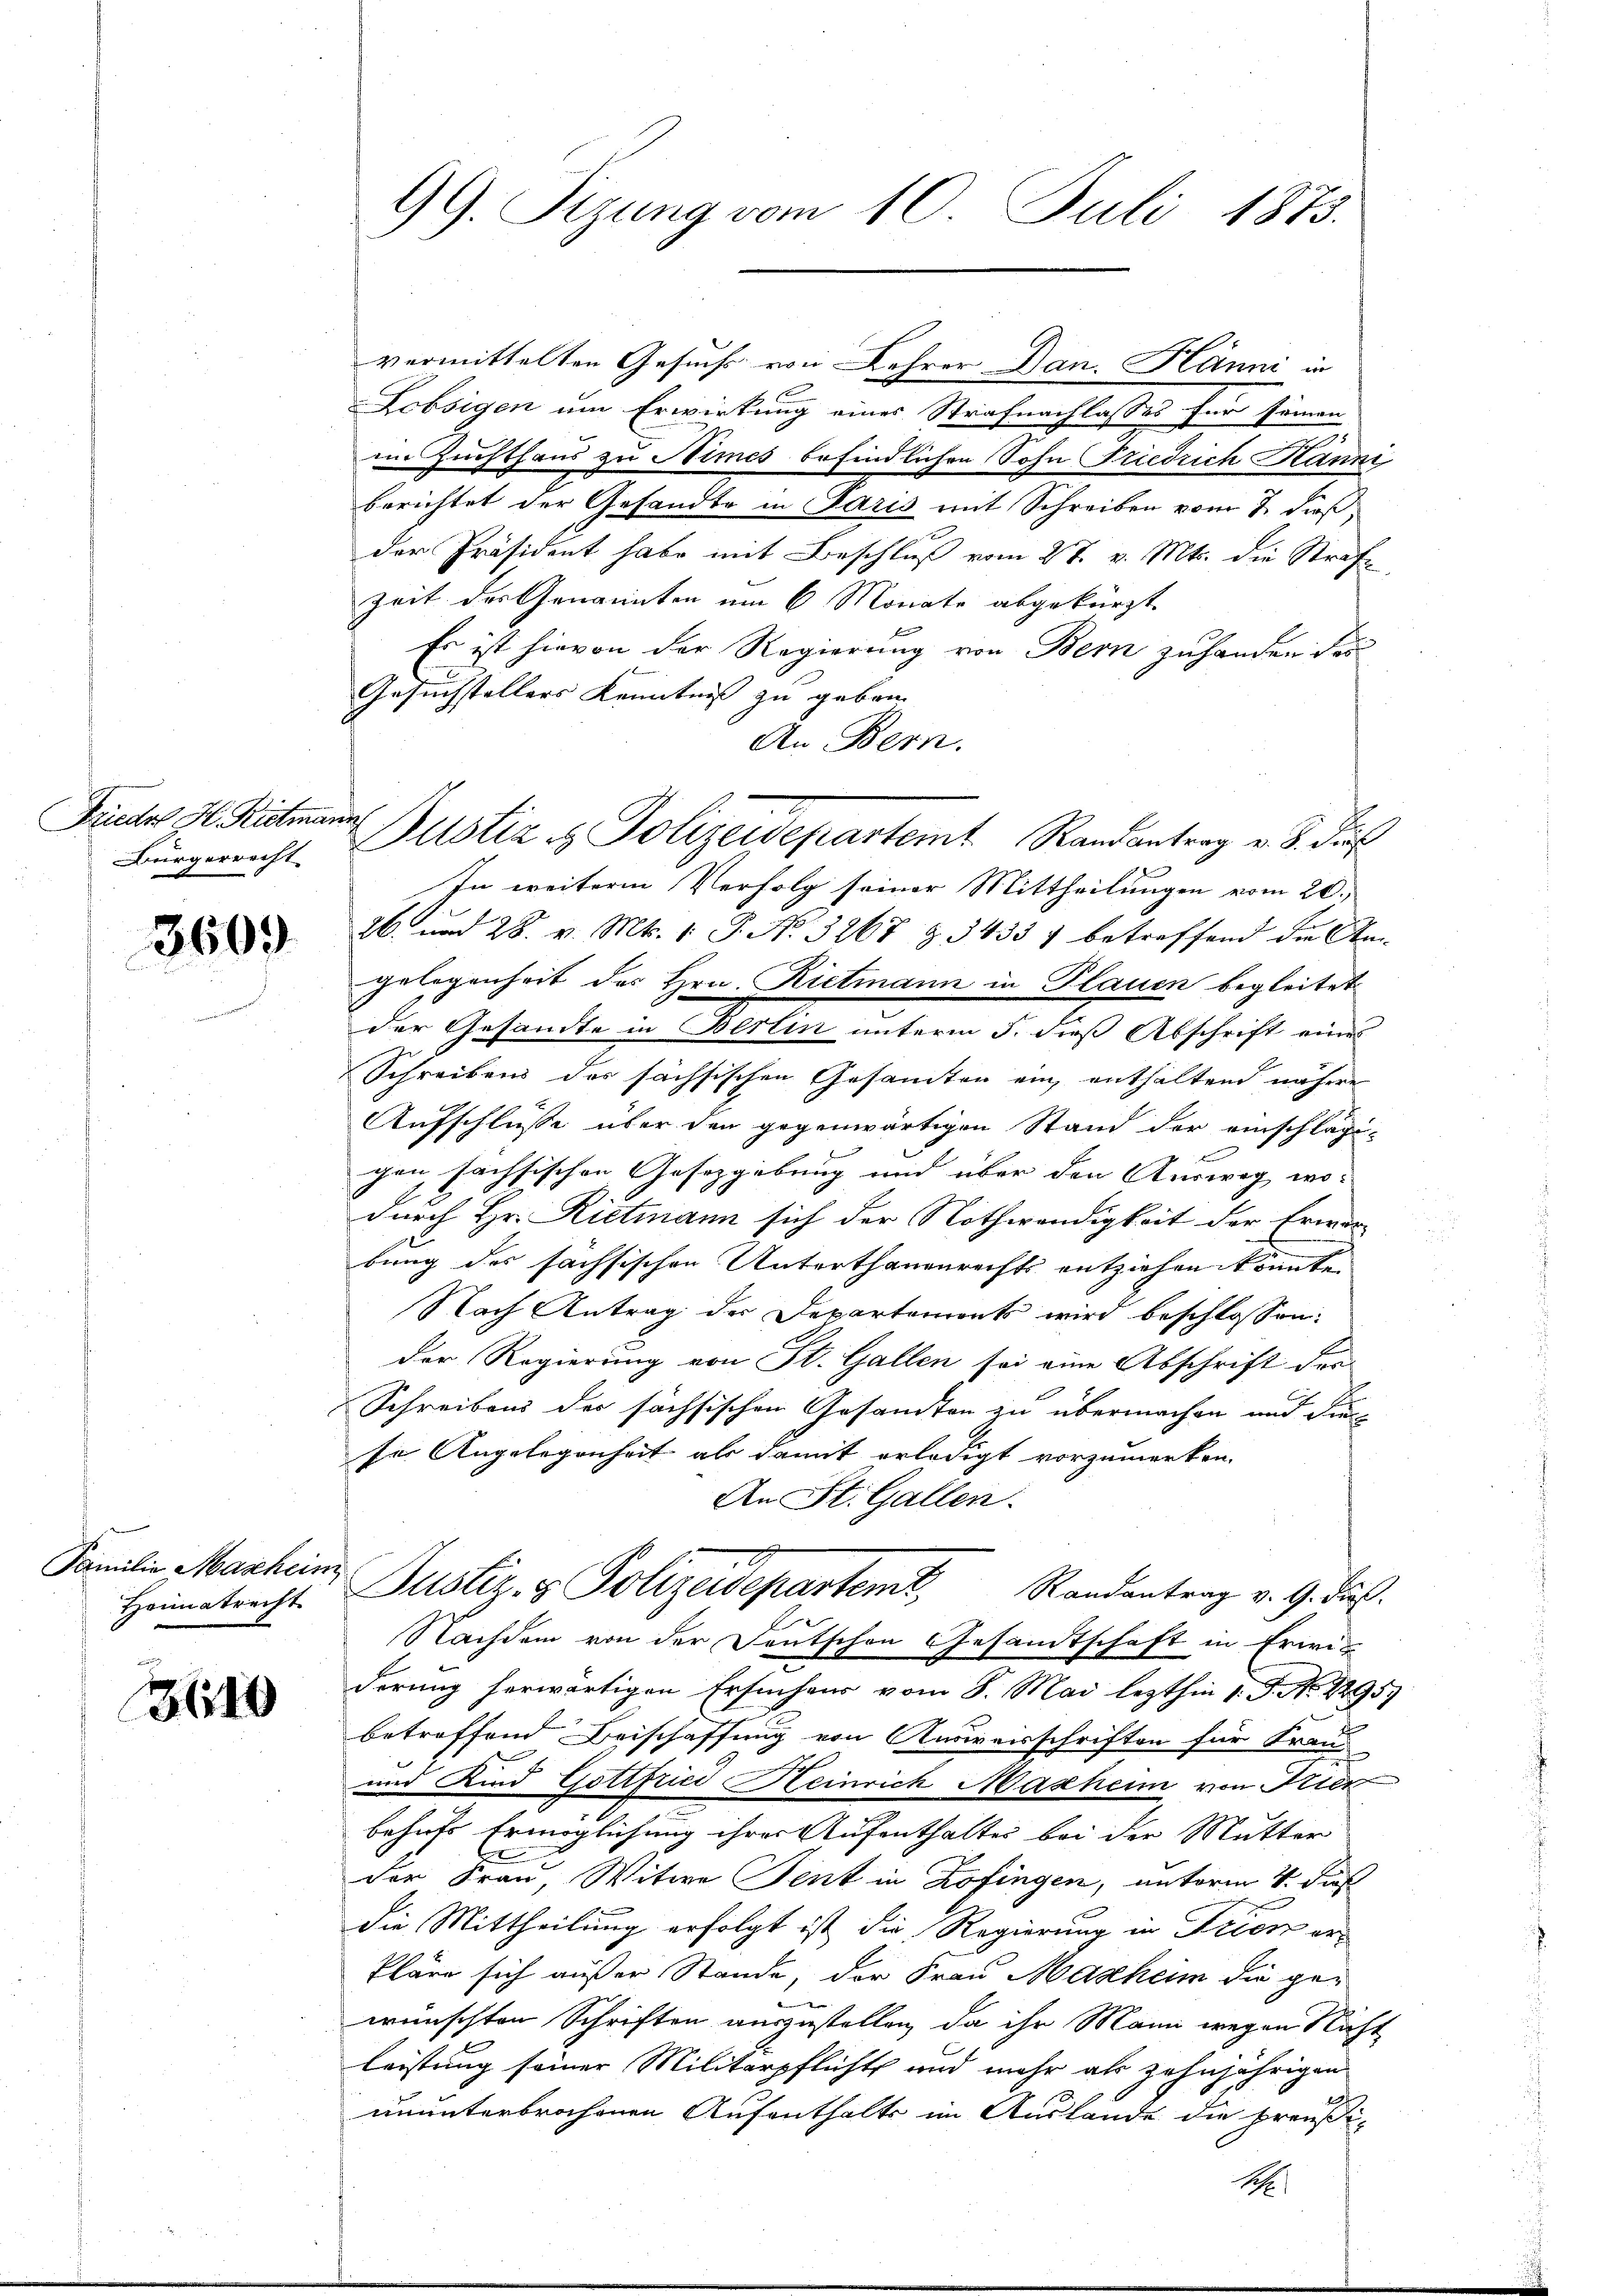
Friedes H. Rittmann

3609

Familie Maschein
Heimatrecht

3610

99. Sizung vom 10. Juli 1873.

vermittelten Gesuchs von Lehrer Dan. Hänni in
Lobsigen um Erwirkung eines Strafnachlasses für seinen
im Zuchthaus zu Nimes befindlichen Sohn Friedrich Hanni
berichtet der Gesandte in Paris mit Schreiben vom 7. dieß
der Präsident habe mit Beschluß vom 27. v. Mts. die Strafe
Zeit des Genannten um 6 Monate abgekürzt.
f
Es ist hievon der Regierung von Bern zuhanden der
Gesuchstellers Kenntniß zu geben.
An Bern.
d
In weitere Verfolg seiner Mittheilungen vom 20.
26. und 28. v. Mts. 1. P. No. 3267 § 3433 f betreffend die Angelegenheit des Hrn. Rietmann in Plauen begleitet
der Gesandte in Berlin unterm 5. dieß Abschrift eines
Schreibens des sächsischen Gesamten ein enthaltend nähere
Aufschlüsse über den gegenwärtigen Stand der einschlägi-
gen sachsischen Gesetzgebung und über den Ausweg, wo-
durch Hr. Rietmann sich der Nothwendigkeit der Erwarbung des sächsischen Unterthanenrechts entziehen könnte.
Nach Antrag der Departements wird beschlossen:
der Regierung von St. Gallen sei eine Abschrift vor-
Schreibens der sächsischen Gesandten zu übermachen und die
se Angelegenheit als damit erledigt vorzumerken.
An St. Gallen.
Justiz & Polizeidepartemt. Randantrag v. G. Fuß.
Nachdem von der Deutschen Gesamtschaft in Erweis
derung herwärtigen Ersuchens vom 8. Mai lezthin 1. J. No. 22957
.
betreffend Beischaffung von Ausweisschriften für Frau
und Kind Gottfried Meinrich Masheim von Stier
behufs Ermöglichung ihrer Aufenthalter bei der Mutter
der Frau, Witwe Sent in Zofingen, unterm 4. Just
die Mittheilung erfolgt ist die Regierung in Fries er¬
Pläre sich außer Stande, der Frau Marheim die gewünschten Schriften auszustellen, da ihr Mann wegen Nicht
leistung seiner Militärpflichts und mehr als zehnjährigen
ununterbrochenen Aufenthalts im Auslande die preußi¬
H

Bürgerrecht. Zustiz & Polizeidepartemt Randantrag v. 8. Jul